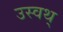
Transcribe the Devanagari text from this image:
उस्वथ्